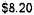
$8.20